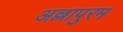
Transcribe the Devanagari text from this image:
अल्लापुरम